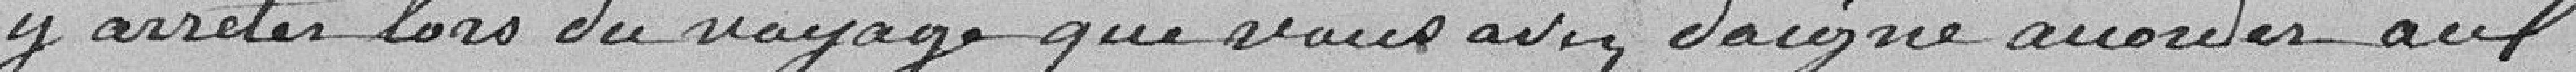
y arrêter lors du voyage que vous avez daigné avouer aux